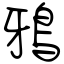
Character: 鴉